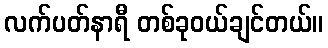
လက်ပတ်နာရီ တစ်ခုဝယ်ချင်တယ်။